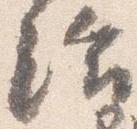
給